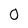
Character: 0